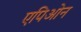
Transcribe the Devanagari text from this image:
एपिओन